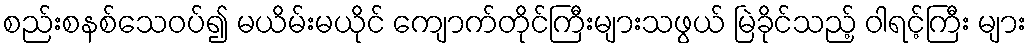
စည်းစနစ်သေဝပ်၍ မယိမ်းမယိုင် ကျောက်တိုင်ကြီးများသဖွယ် မြဲခိုင်သည့် ဝါရင့်ကြီး များ